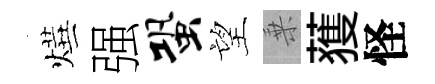
燁强蛩望乗𫉬怪